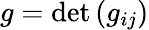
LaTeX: g=\mathrm{det}\, (g_{ij})